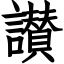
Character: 讃